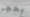
بحجر